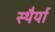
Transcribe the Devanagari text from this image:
स्थैर्या